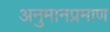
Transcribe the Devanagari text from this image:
अनुमानप्रमाण